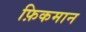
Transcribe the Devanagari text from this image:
फ़िकमान